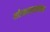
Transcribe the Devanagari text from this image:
गोरक्षासहवर्तमान